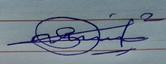
Signature authenticity: genuine